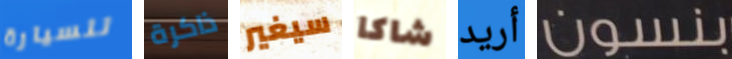
للسيارة ذاكرة سيغير شاكا أريد بنسون